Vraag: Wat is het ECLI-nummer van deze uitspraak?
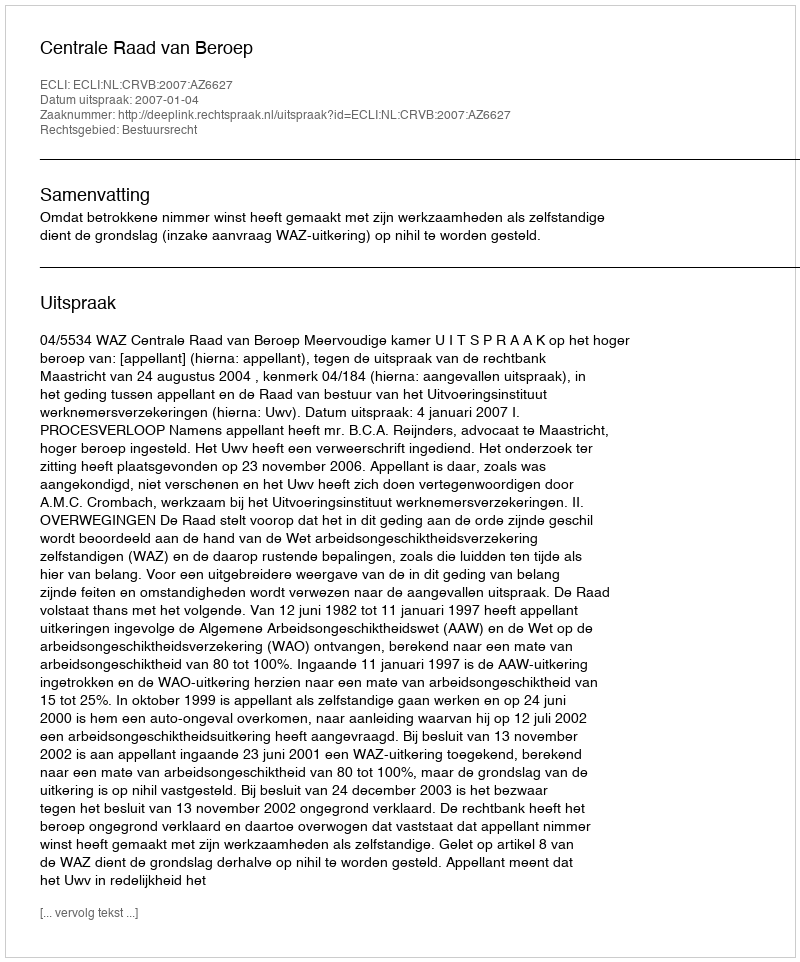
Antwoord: ECLI:NL:CRVB:2007:AZ6627